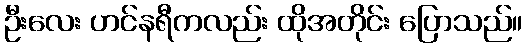
ဦးလေး ဟင်နရီကလည်း ထိုအတိုင်း ပြောသည်။